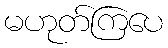
မဟုတ်ကြပေ